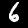
Digit: 6